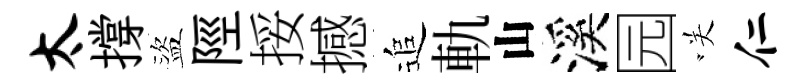
太撐盜陘挼撼追軌山溪园咲仁